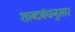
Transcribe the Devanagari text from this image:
शाब्दबंधनुसार